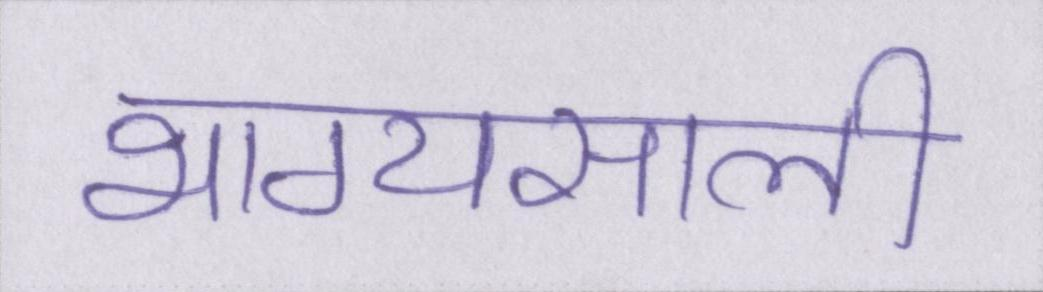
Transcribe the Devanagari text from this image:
भाग्यसाली